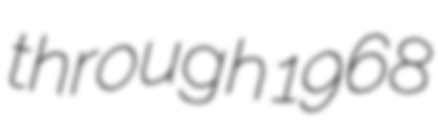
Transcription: through 1968